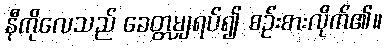
နီကိုလေသည် ခေတ္တမျှရပ်၍ စဉ်းစားလိုက်၏။